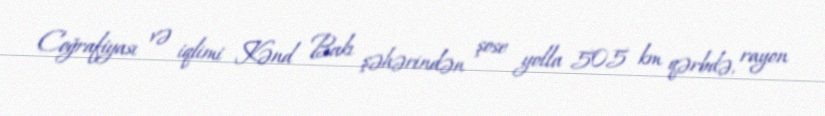
Coğrafiyası və iqlimi Kənd Bakı şəhərindən şose yolla 505 km qərbdə, rayon